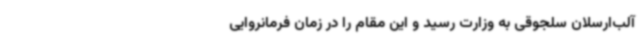
آلب‌ارسلان سلجوقی به وزارت رسید و این مقام را در زمان فرمانروایی